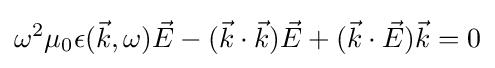
\omega ^{2}\mu _{0}\epsilon ({\vec {k}},\omega ){\vec {E}}-({\vec {k}}\cdot {\vec {k}}){\vec {E}}+({\vec {k}}\cdot {\vec {E}}){\vec {k}}=0